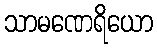
သာမဏေရိယော